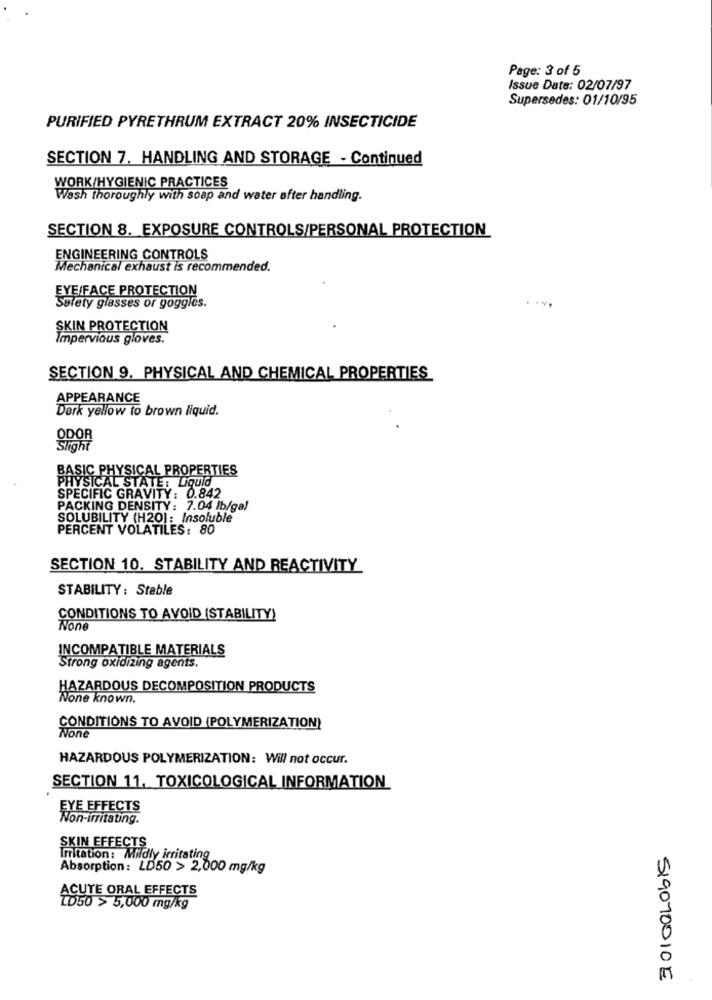
Page: 3 of 5
Issue Date: 02/07/97
Supersedes: 01/10/95
PURIFIED PYRETHRUM EXTRACT 20% INSECTICIDE
SECTION 7. HANDLING AND STORAGE - Continued
WORK/HYGIENIC PRACTICES
Wash thoroughly with soap and water after handling.
SECTION 8. EXPOSURE CONTROLS/PERSONAL PROTECTION
ENGINEERING CONTROLS
Mechanical exhaust is recommended.
EYE/FACE PROTECTION
Safety glasses or goggles.
SKIN PROTECTION
Impervious gloves.
SECTION 9. PHYSICAL AND CHEMICAL PROPERTIES
APPEARANCE
Dark yellow to brown liquid.
ODOR
BASIC PHYSICAL PROPERTIES
PHYSICAL STATE: LIQUIG
SPECIFIC GRAVITY: 0.842
PACKING DENSITY : 7.04 lb/gal
SOLUBILITY (H20]: Insoluble
PERCENT VOLATILES: 80
SECTION 10. STABILITY AND REACTIVITY
STABILITY : Stable
CONDITIONS TO AVOID (STABILITY)
INCOMPATIBLE MATERIALS
Strong oxidizing agents.
HAZARDOUS DECOMPOSITION PRODUCTS
None known.
CONDITIONS TO AVOID (POLYMERIZATION)
HAZARDOUS POLYMERIZATION: Will not occur.
SECTION 11. TOXICOLOGICAL INFORMATION
EYE EFFECTS
Non-irritating.
SKIN EFFECTS
Irritation: Mildly irritating
Absorption: LD50 > 2,000 mg/kg
ACUTE ORAL EFFECTS
LD50 > 5,000 mg/kg
519070010E